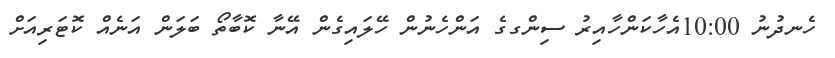
ހެނދުނު 10:00އެހާކަންހާއިރު ސިންގގެ އަންހެނުން ހޭލައިގެން އޭނާ ކޮބާތޯ ބަލަން އަނެއް ކޮޓަރިއަށް